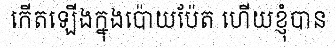
កើតឡើងក្នុងប៉ោយប៉ែត ហើយខ្ញុំបាន